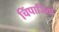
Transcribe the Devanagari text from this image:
चिंपाजियों